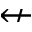
\nleftarrow